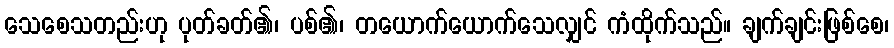
သေစေသတည်းဟု ပုတ်ခတ်၏၊ ပစ်၏၊ တယောက်ယောက်သေလျှင် ကံထိုက်သည်။ ချက်ချင်းဖြစ်စေ၊